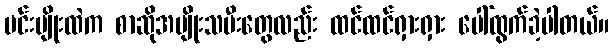
မင်းမျိုးထဲက စာဆိုအမျိုးသမီးတွေလည်း ထင်ထင်ရှားရှား ပေါ်ထွက်ခဲ့ပါတယ်။